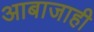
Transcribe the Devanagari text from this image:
आबाजाही